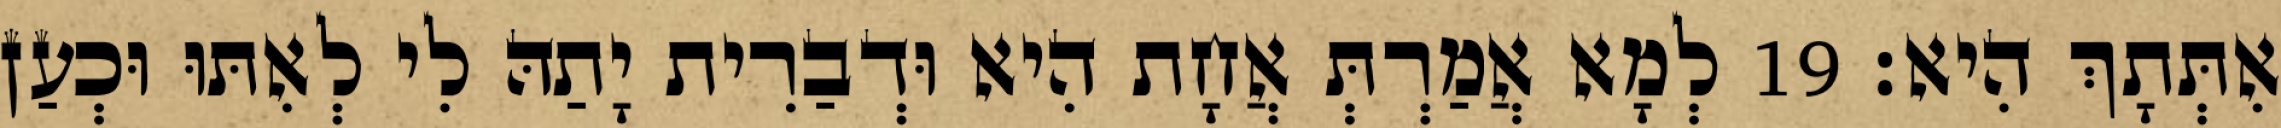
אִתְּתָךְ הִיא׃ 19 לְמָא אֲמַרְתְּ אֲחָת הִיא וּדְבַרִית יָתַהּ לִי לְאִתּוּ וּכְעַן